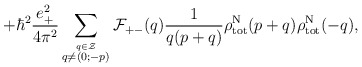
\begin{align*}+ {\hbar}^2\frac{e_{+}^2}{4{\pi}^2} \sum_{\stackrel{q \in \cal Z}{q \neq (0;-p)}}{\cal F}_{+-}(q) \frac{1}{q(p+q)} {\rho}_{\rm tot}^{\rm N}(p+q){\rho}_{\rm tot}^{\rm N}(-q),\end{align*}